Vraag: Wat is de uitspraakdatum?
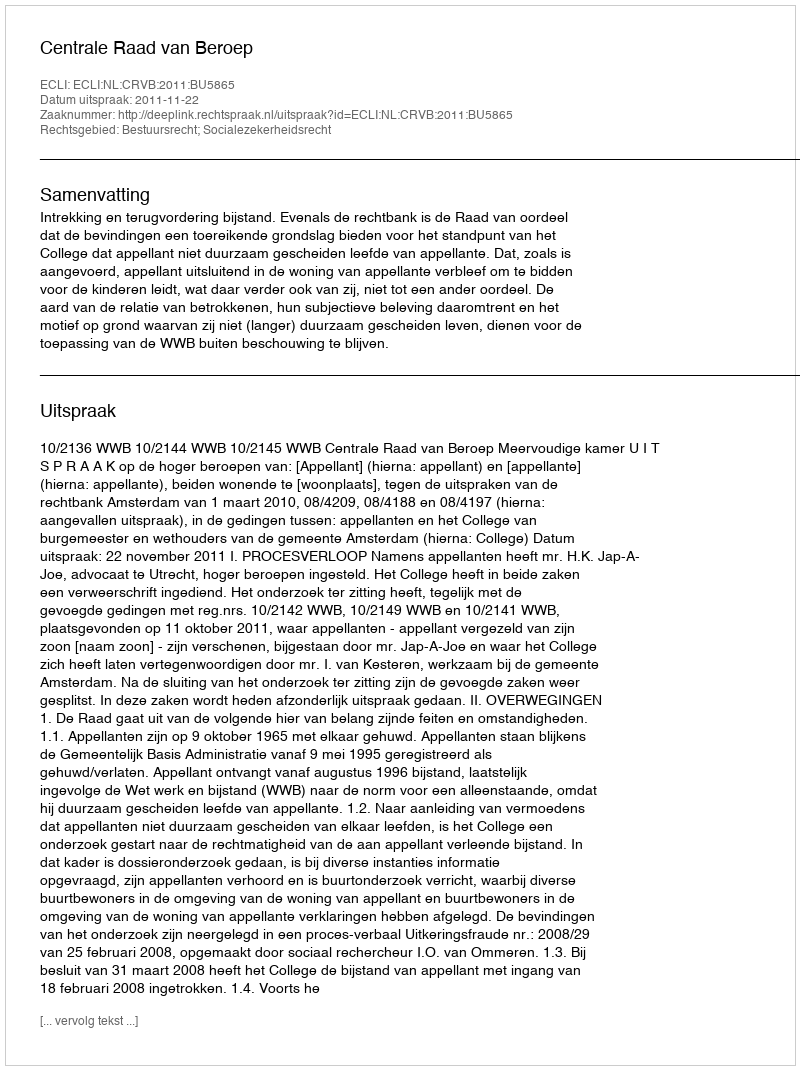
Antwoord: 2011-11-22